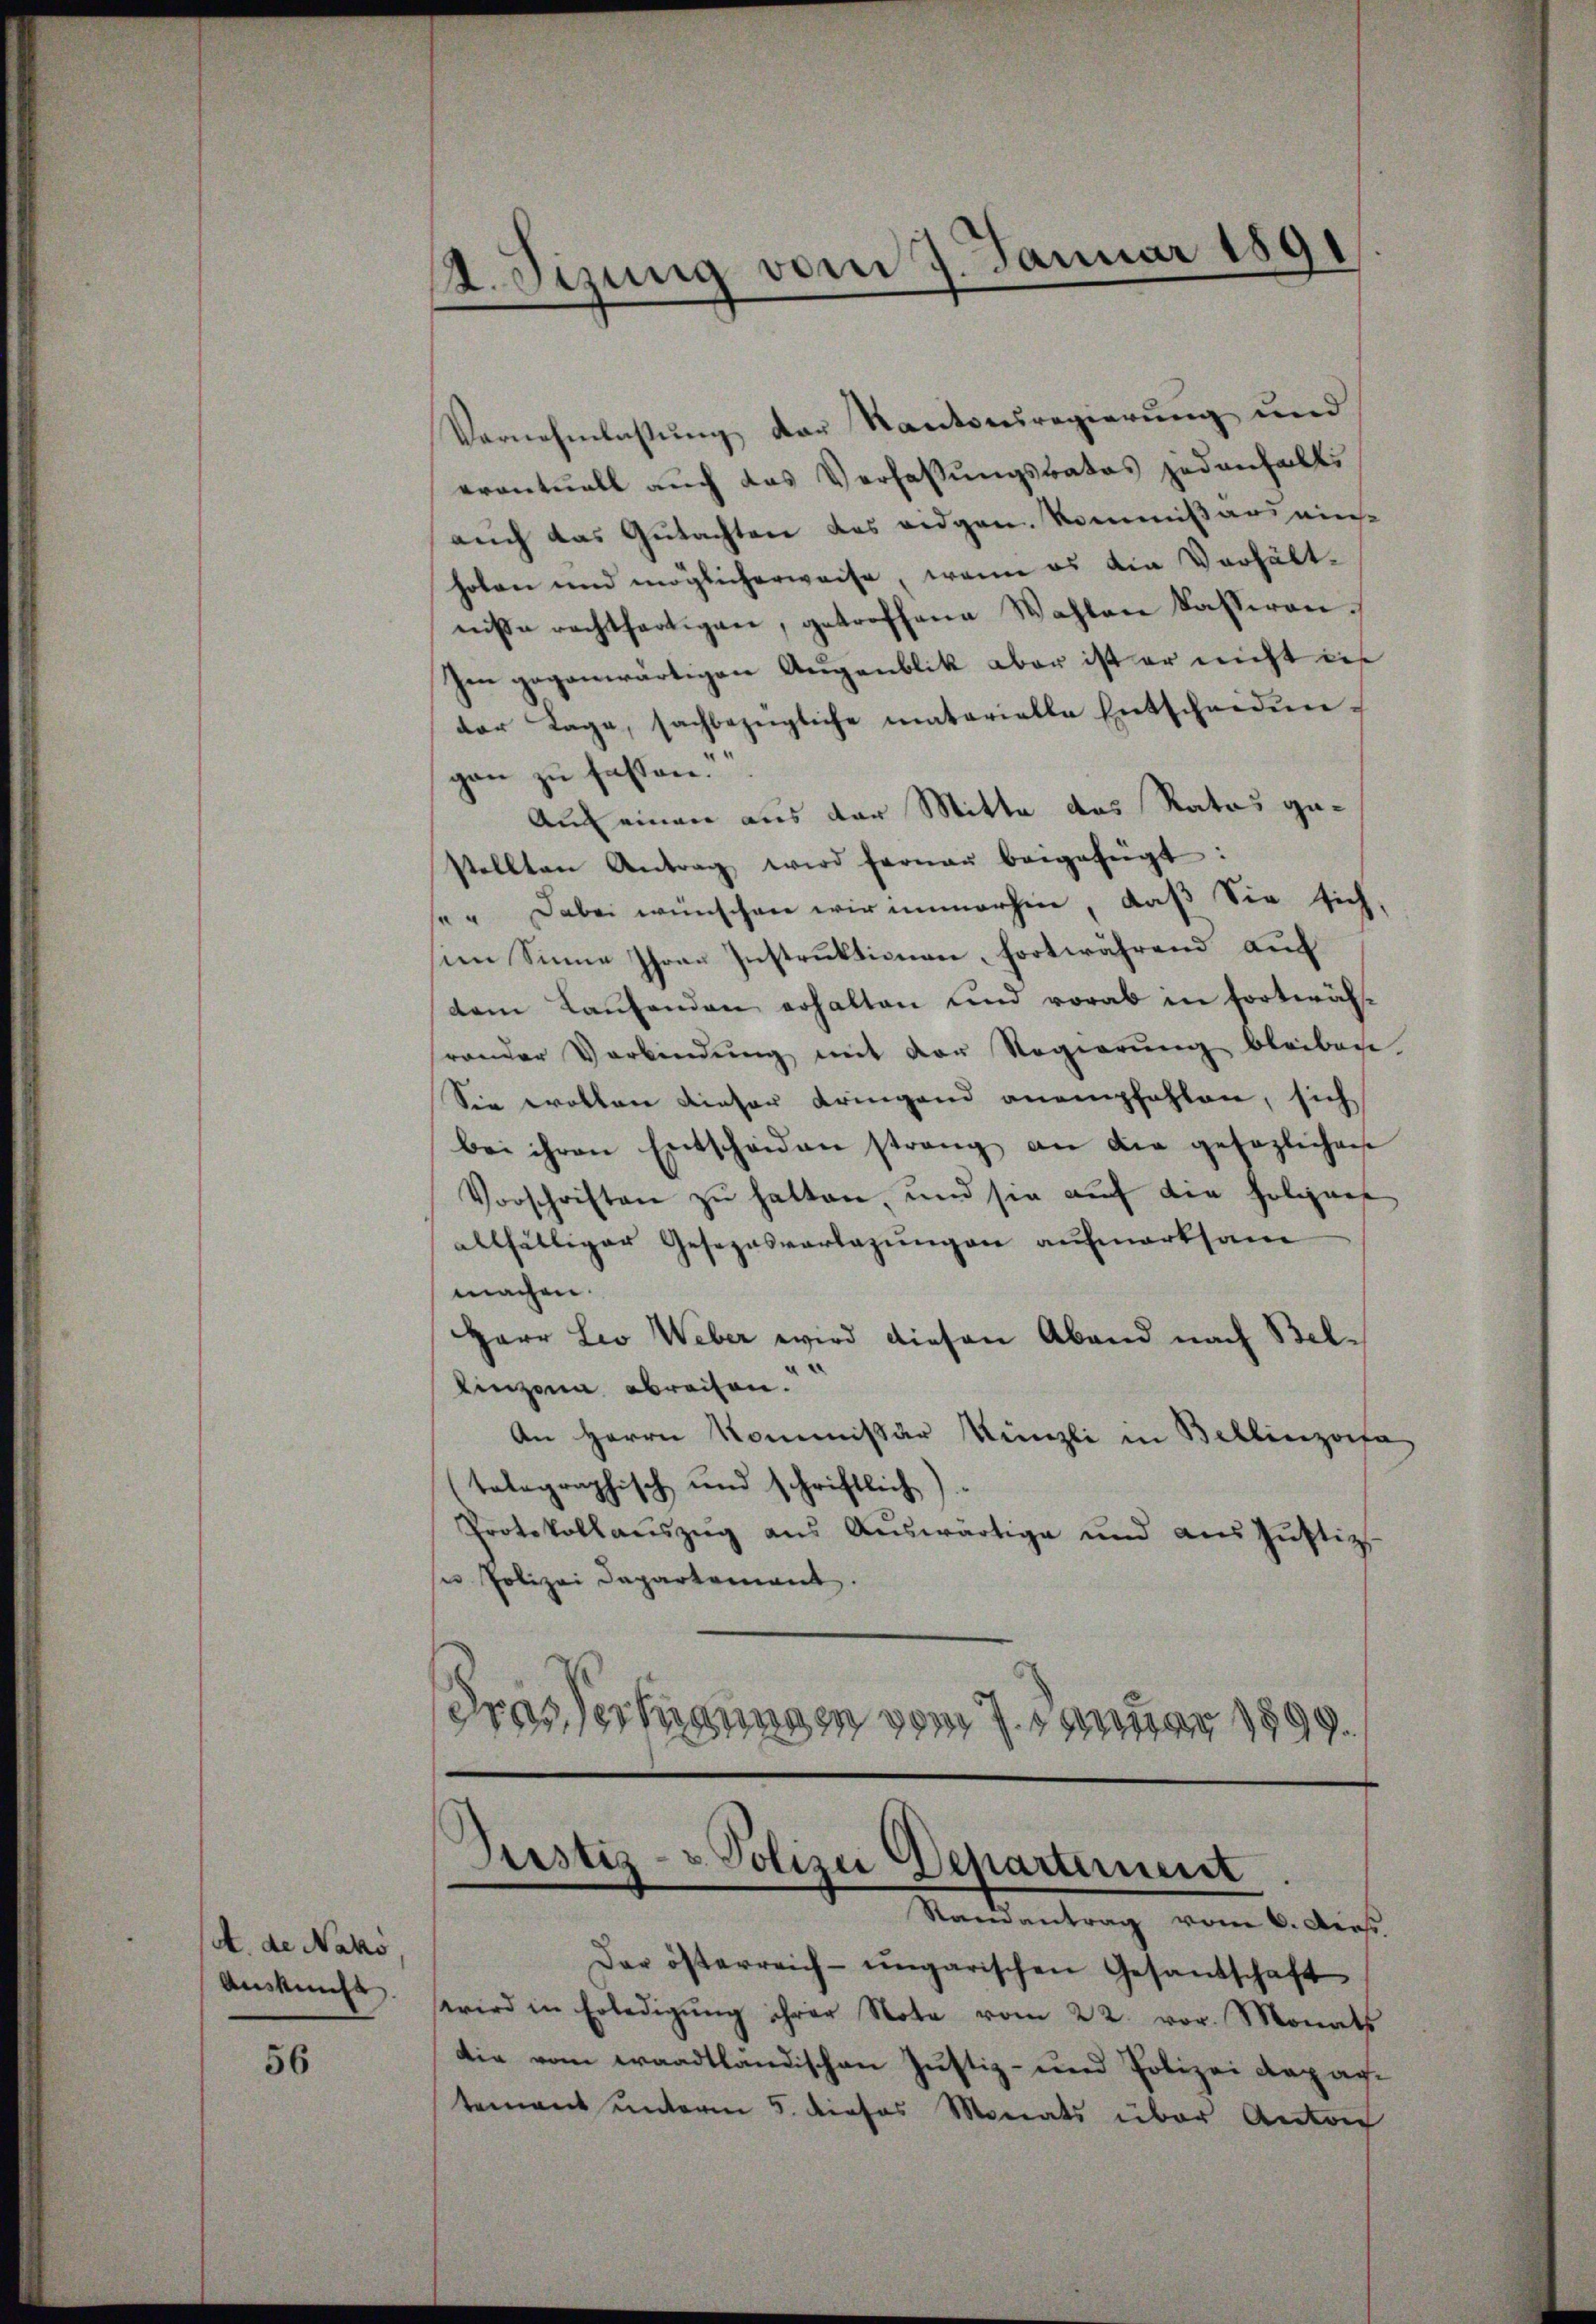
A. de Nako
Auskunft.

56

A. Sizung vom 7. Januar 1891

Vernehmlassung der Kantonsregierung und
eventuell auch das Verfassungsrates jedenfalls
auch das Gutachten des eidgen. Kommißär einhoben und möglicherweise, wenn es ain Verhältniße rechtfertigen, getroffene Wahlen kasseren.
Im gegenwärtigen Augenblik aber ist er nicht die
der Tage, sachbezügliche materielle Entscheiden-
gan zu faßten.
Auf einen aus der Mitte das Rates gestellten Antrag wird ferner beigefügt:
e" Dabei wünschen wir immerhin, daß Sie sich
im Sinne Ihrer Instruktionen, fortwährend auf
dem Laufenden erhalten und vorab in fortwährander Verbindŭng mit der Regierŭng bleiben.
Sie wollen dieser dringend anempfehlen, sich
bei ihren Entscheiden strang an die gesezlichen
Vorschriften zŭ hatten, und sie aŭf die Polizier
allfälliger Gesezesvorlagŭngen aufmerksam
machen.
Herr Leo Weber wird diesen Abend nach Bellingen abreisen.
An Herrn Kommissär Künzli in Bellinzose
talographisch und schriftlich)
Protokollaŭszŭg aŭs Aŭswärtige und aŭs Jŭstiz-
sne Polizei Departement.
drasserungen vom 7. Januar 1899.

¬
Justiz- & Polizei Departement

Stainantrag vom 6. Dies
Dar österreich-ungarischen Gesandschaft
wird in Erledigŭng ihrer Note vom 22. vor. Monats
die vom waadtländischen Justiz- und Polizei Rapachtement unterm 5. dieses Monats über Anton